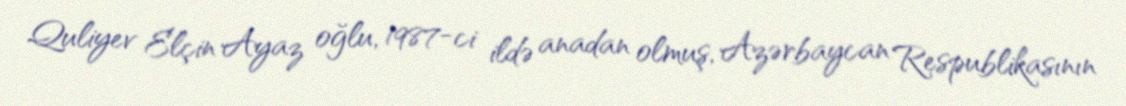
Quliyev Elçin Ayaz oğlu, 1987-ci ildə anadan olmuş, Azərbaycan Respublikasının